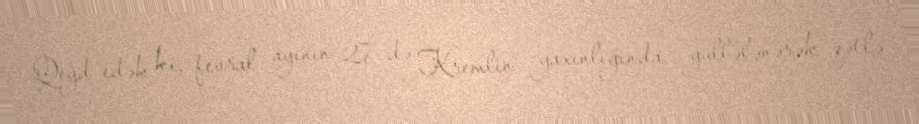
Qeyd edək ki, fevral ayının 27-də Kremlin yaxınlığında güllələnərək qətlə